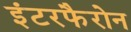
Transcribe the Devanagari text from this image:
इंटरफैरोन